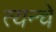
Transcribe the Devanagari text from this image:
त्यन्चे